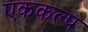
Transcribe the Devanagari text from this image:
एककल्प